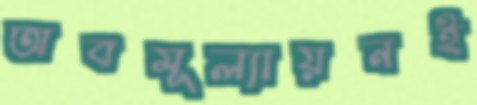
অবমূল্যায়নই